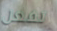
تفعل